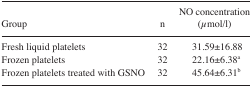
<table><thead><tr><td><b>Group</b></td><td><b>n</b></td><td><b>NO concentration (μmol/l)</b></td></tr></thead><tbody><tr><td>Fresh liquid platelets</td><td>32</td><td>31.59±16.88</td></tr><tr><td>Frozen platelets</td><td>32</td><td>22.16±6.38a</td></tr><tr><td>Frozen platelets treated with GSNO</td><td>32</td><td>45.64±6.31b</td></tr></tbody></table>